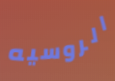
الروسيه